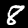
Digit: 8